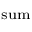
\scriptstyle { \mathrm { s u m } }